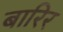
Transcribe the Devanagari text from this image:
बारिर